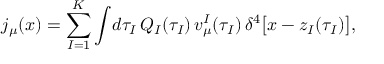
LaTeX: j _ { \mu } ( x ) = \sum _ { I = 1 } ^ { K } \int \! d \tau _ { I } \, Q _ { I } ( \tau _ { I } ) \, v _ { \mu } ^ { I } ( \tau _ { I } ) \, \delta ^ { 4 } \bigl [ x - z _ { I } ( \tau _ { I } ) \bigr ] ,